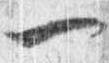
一